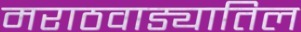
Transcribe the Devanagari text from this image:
मराठवाड्यातिल